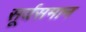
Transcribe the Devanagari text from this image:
सूर्यसमान